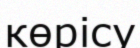
көрісу